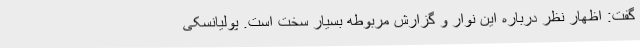
گفت: اظهار نظر درباره این نوار و گزارش مربوطه بسیار سخت است. پولیانسکی